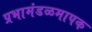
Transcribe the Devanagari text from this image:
प्रभामंडळमापक